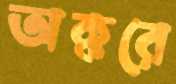
অক্করে